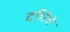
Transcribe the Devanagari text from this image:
दभिंचे